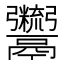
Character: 𩱯